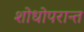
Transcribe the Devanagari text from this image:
शोधोपरान्त